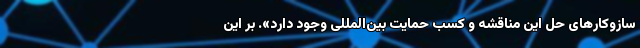
سازوکارهای حل این مناقشه و کسب حمایت بین‌المللی وجود دارد». بر این